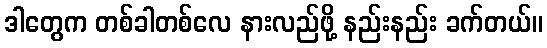
ဒါတွေက တစ်ခါတစ်လေ နားလည်ဖို့ နည်းနည်း ခက်တယ်။